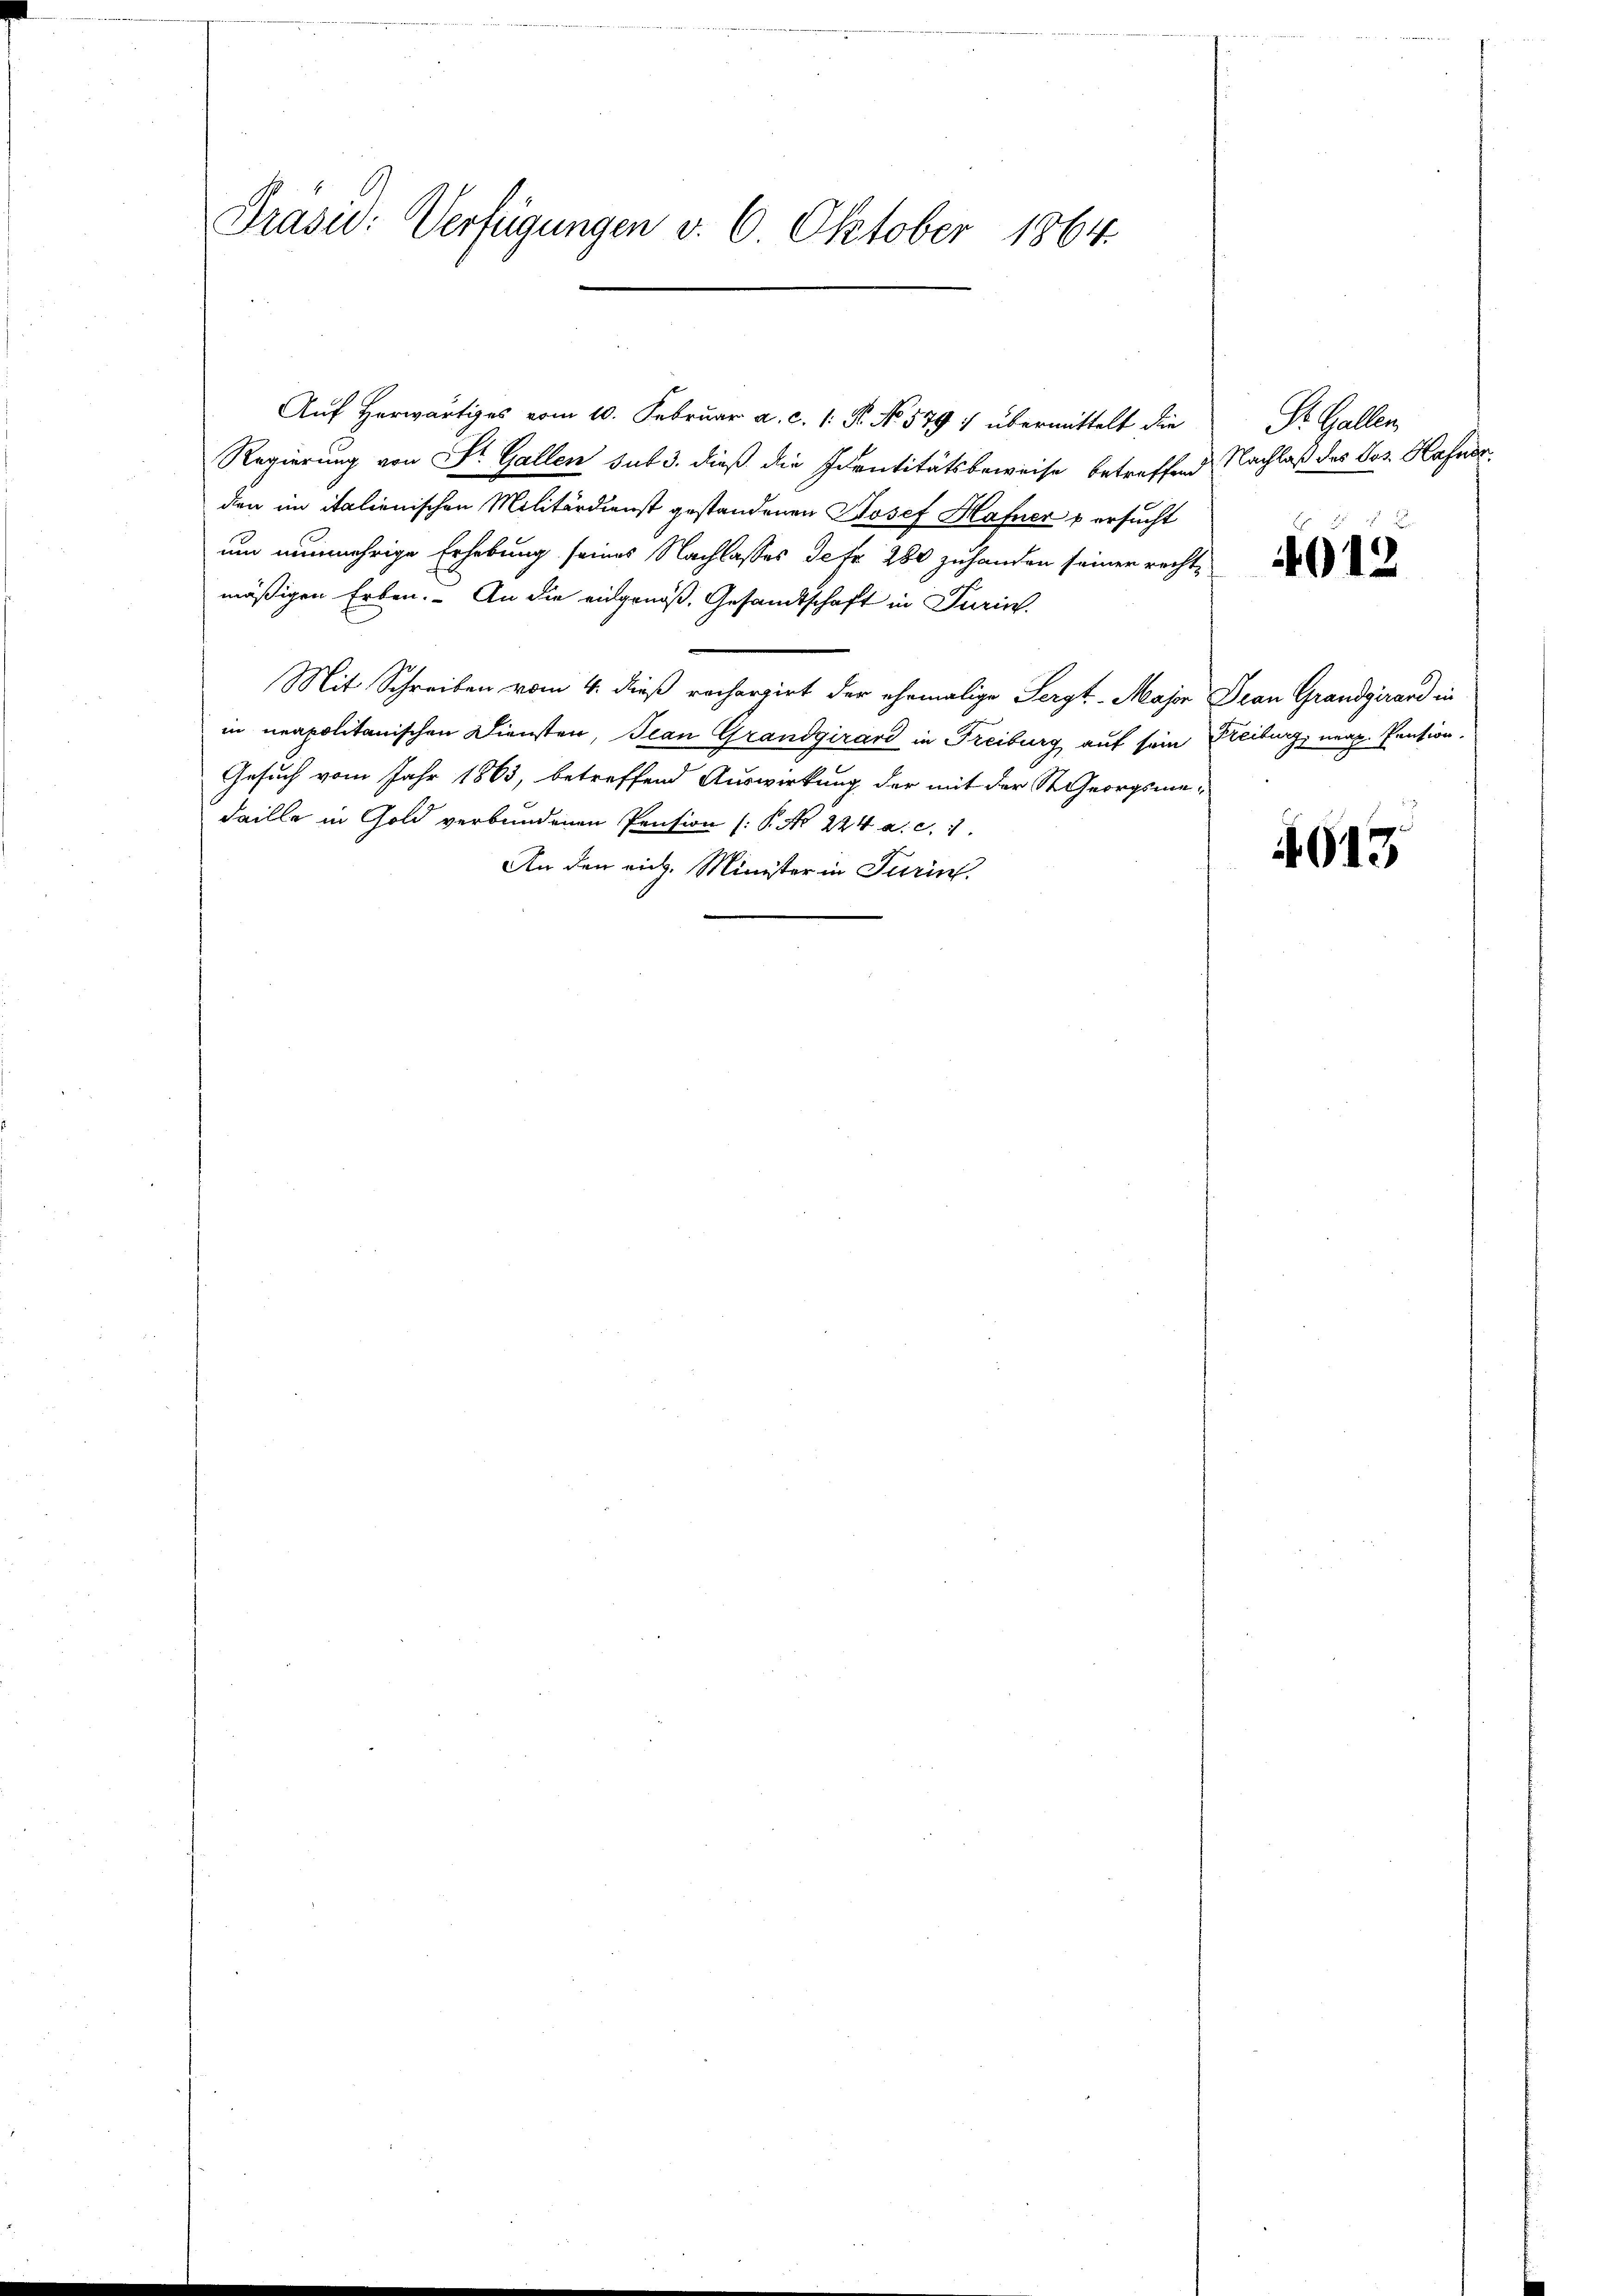
Prasid: Verfügungen v. 6. Oktober 1864.

Auf Herwärtiges vom 10. Februar a. c. 1: P. No 579 : übermittelt die
Regierung von St. Gallen sub 3. dieß die Identitätsbeweise betreffend Nachlaß des Jos. Hafner
den im italienischen Militärdienst gestandenen Josef Hafner & ersucht
um nunmehrige Erhebung seines Nachlasses Petr. 280 zuhanden seiner rechte
mäßigen Erben. An die eidgenöß Gesandtschaft in Turin
Mit Schreiben vom 4. dieß rechargirt der ehemalige Sergt-Major Dran Grandgirard in
in neapolitanischen Diensten, Jean Grandgirard in Freiburg auf sein Freiburg, unap. Pension.
Gesuch vom Jahr 1863, betreffend Auswirkung der mit der St. Georgsme¬
Faille in Gold verbundenen Pension (P. Nr. 224 a. c. 1
An den rich. Minister in Turin.

. Galler

4012

4613